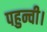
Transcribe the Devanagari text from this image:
पहुन्ची।